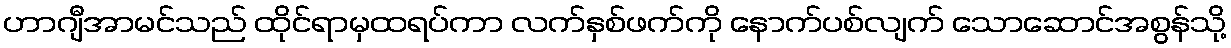
ဟာဂျီအာမင်သည် ထိုင်ရာမှထရပ်ကာ လက်နှစ်ဖက်ကို နောက်ပစ်လျက် သောဆောင်အစွန်သို့